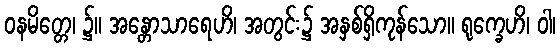
ဝနမိတ္တေ၊ ၌။ အန္တောသာရေဟိ၊ အတွင်း၌ အနှစ်ရှိကုန်သော။ ရုက္ခေဟိ၊ ဝါ၊